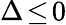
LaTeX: \Delta\! \le\! 0